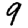
Digit: 9